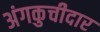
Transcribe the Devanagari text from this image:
अंगकुचीदार